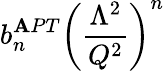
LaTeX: b_{n}^{\mathbf{A}PT}\left({\frac{{\Lambda^{2}}}{{Q^{2}}}}\right)^{n}